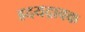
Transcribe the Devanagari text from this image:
ह्रदयद्रावक